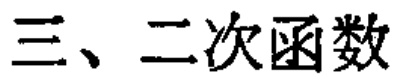
三、二次函数